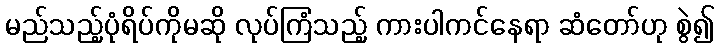
မည်သည့်ပုံရိပ်ကိုမဆို လုပ်ကြံသည့် ကားပါကင်နေရာ ဆံတော်ဟု စွဲ၍